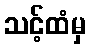
သင့်ထံမှ